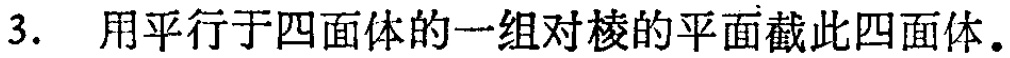
3. 用平行于四面体的一组对棱的平面截此四面体。